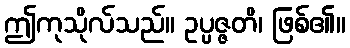
ဤကုသိုလ်သည်။ ဥပ္ပဇ္ဇတိ၊ ဖြစ်၏။